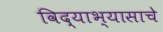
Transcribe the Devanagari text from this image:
विद्याभ्यासाचे